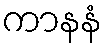
ကာနနံ